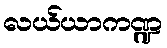
လယ်ယာကဏ္ဍ